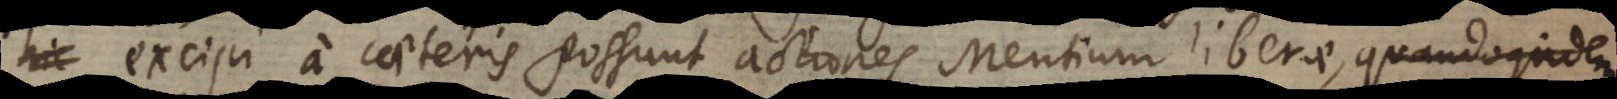
excipi a caeteris possunt actiones Mentium liberae, quandoquidem